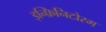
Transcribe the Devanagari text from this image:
इन्फ़िनिटोरम